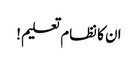
ان کا نظام تعلیم!